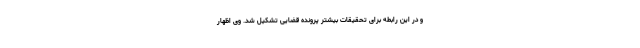
و در این رابطه برای تحقیقات بیشتر پرونده قضایی تشکیل شد. وی اظهار